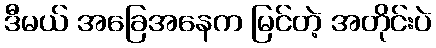
ဒီမယ် အခြေအနေက မြင်တဲ့ အတိုင်းပဲ